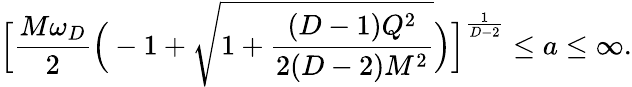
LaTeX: \Big[{\frac{M\omega_{D}}{2}}\Big(-1+{\sqrt{1+{\frac{(D-1)Q^{2}}{2(D-2)M^{2}}}}}\Big)\Big]^{\frac{1}{D-2}}\le a\le\infty.